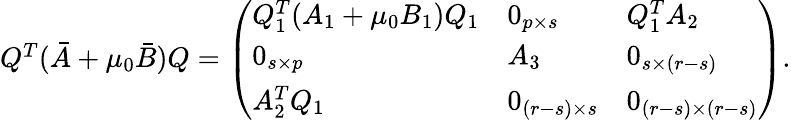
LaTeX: \begin{array}{r}{Q^{T}(\bar{A}+\mu_{0}\bar{B})Q=\left(\begin{array}{lll}{Q_{1}^{T}(A_{1}+\mu_{0}B_{1})Q_{1}}&{0_{p\times s}}&{Q_{1}^{T}A_{2}}\\ {0_{s\times p}}&{A_{3}}&{0_{s\times(r-s)}}\\ {A_{2}^{T}Q_{1}}&{0_{(r-s)\times s}}&{0_{(r-s)\times(r-s)}}\end{array}\right).}\end{array}